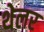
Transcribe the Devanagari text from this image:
थेलर